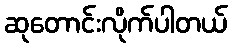
ဆုတောင်းလိုက်ပါတယ်